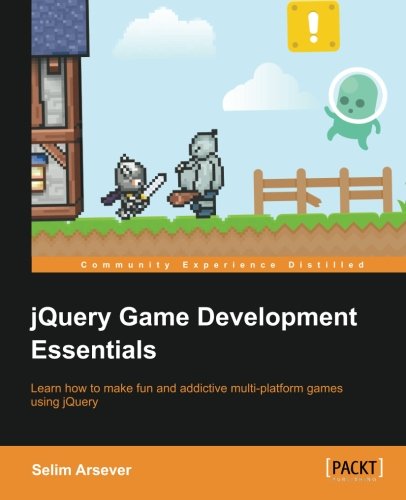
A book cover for jQuery Game Development Essentials; Selim Arsever; Computers & Technology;